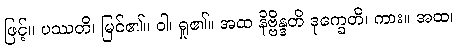
ဖြင့်။ ပဿတိ၊ မြင်၏။ ဝါ၊ ရှု၏။ အထ နိဗ္ဗိန္ဒတိ ဒုက္ခေတိ၊ ကား။ အထ၊